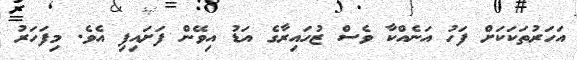
އަހަރުތަކަކަށް ފަހު އަނެއްކާ ވެސް ޒުހައިރާގެ އަޑު އިވޭން ފަށައިފި އެވެ. މިފަހަރު